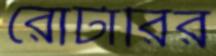
রোটারির